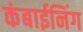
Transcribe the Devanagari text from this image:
कंबाईनिंग